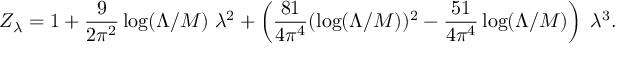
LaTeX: Z _ { \lambda } = 1 + \frac { 9 } { 2 \pi ^ { 2 } } \log ( \Lambda / M ) \; \lambda ^ { 2 } + \left( \frac { 8 1 } { 4 \pi ^ { 4 } } ( \log ( \Lambda / M ) ) ^ { 2 } - \frac { 5 1 } { 4 \pi ^ { 4 } } \log ( \Lambda / M ) \right) \; \lambda ^ { 3 } .